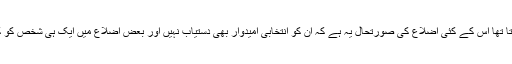
پنجاب جسے نواز لیگ کا گڑھ سمجھا جاتا تھا اس کے کئی اضلاع کی صورتحال یہ ہے کہ ان کو انتخابی امیدوار بھی دستیاب نہیں اور بعض اضلاع میں ایک ہی شخص کو کئی کئی حلقوں میں نامزد کر دیا گیا ہے۔